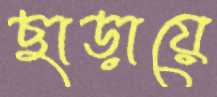
ছাড়ায়ে